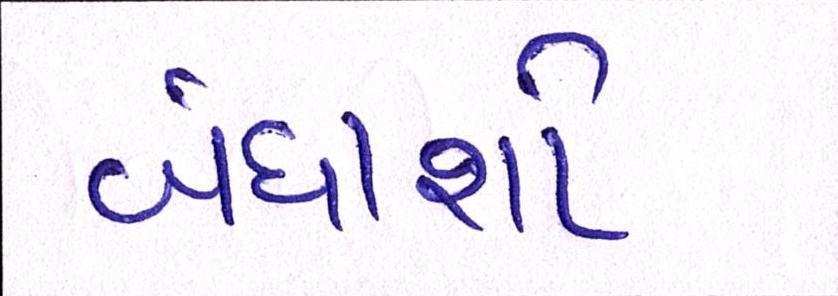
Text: બંધાશો